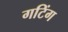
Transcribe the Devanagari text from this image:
गटिंग